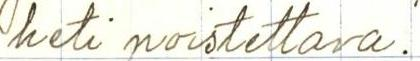
heti poistettava.